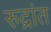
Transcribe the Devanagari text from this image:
रुद्रांत